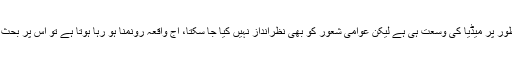
اس کی ایک وجہ یقینی طور پر میڈیا کی وسعت ہی ہے لیکن عوامی شعور کو بھی نظرانداز نہیں کیا جا سکتا، آج واقعہ رونمنا ہو رہا ہوتا ہے تو اس پر بحث بھی بروقت ہو رہی ہے۔